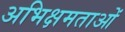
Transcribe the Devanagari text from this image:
अभिक्षमताओं